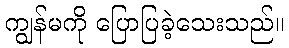
ကျွန်မကို ပြောပြခဲ့သေးသည်။